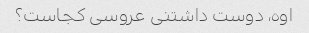
اوه، دوست داشتنی عروسی کجاست؟